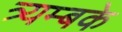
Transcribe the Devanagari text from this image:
त्र्यम्बके